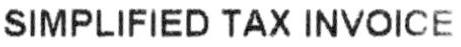
SIMPLIFIED TAX INVOICE